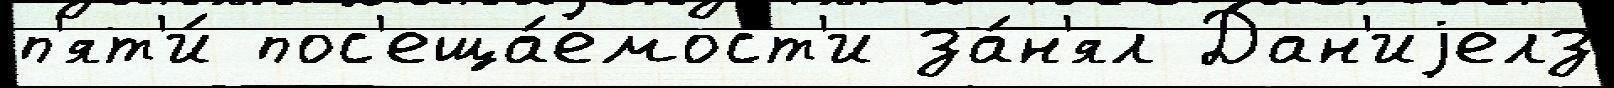
п'ят'и́ пос'еща́емост'и за́н'ял Дан'иjелз